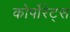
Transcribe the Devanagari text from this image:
कोर्पोरेट्स